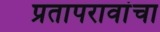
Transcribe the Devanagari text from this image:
प्रतापरावांचा